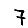
Digit: 7